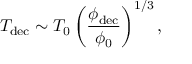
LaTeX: T _ { \mathrm { d e c } } \sim T _ { 0 } \left( \frac { \phi _ { \mathrm { d e c } } } { \phi _ { 0 } } \right) ^ { 1 / 3 } ,